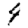
Digit: 4